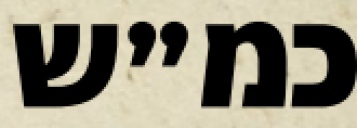
כמ״ש